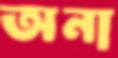
অনা